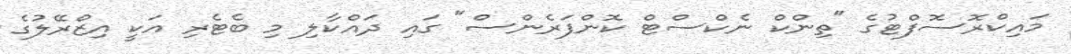
މައިކްރޮސޮފްޓުގެ "ތިންކް ނެކްސްޓް ކޮންފަރެންސް" ގައި ދައްކާލި މި ބެޓެރި އަކީ އިޒްރޭލުގެ